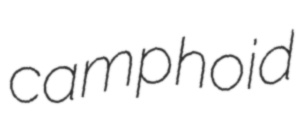
camphoid